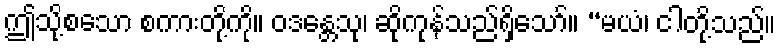
ဤသို့စသော စကားတို့ကို။ ဝဒန္တေသု၊ ဆိုကုန်သည်ရှိသော်။ “မယံ၊ ငါတို့သည်။